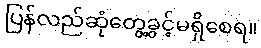
ပြန်လည်ဆုံတွေ့ခွင့်မရှိစေရ။